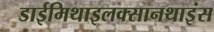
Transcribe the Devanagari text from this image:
डाईमिथाइलक्सानथाइंस